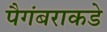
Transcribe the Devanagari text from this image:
पैगंबराकडे